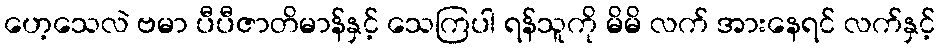
ဟေ့သေလဲ ဗမာ ပီပီဇာတိမာန်နှင့် သေကြပါ ရန်သူကို မိမိ လက် အားနေရင် လက်နှင့်